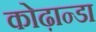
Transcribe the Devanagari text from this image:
कोढ़ान्‍डा